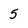
Character: 5